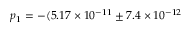
p _ { 1 } = - ( 5 . 1 7 \times 1 0 ^ { - 1 1 } \pm 7 . 4 \times 1 0 ^ { - 1 2 }